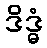
ဒိဒ္ဓံ